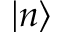
| n \rangle